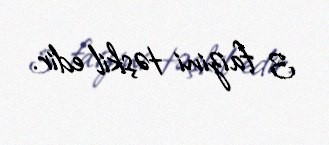
3 faizini təşkil edir.